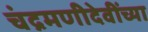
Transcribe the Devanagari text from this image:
चंद्रमणीदेवींच्या